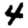
Digit: 4